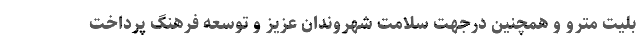
بلیت مترو و همچنین درجهت سلامت شهروندان عزیز و توسعه فرهنگ پرداخت